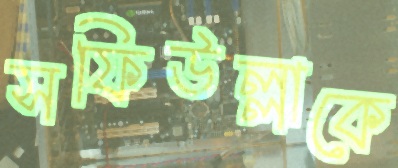
সফিউল্লাকে